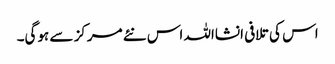
اس کی تلافی انشااللہ اس نئے مرکز سے ہوگی۔